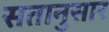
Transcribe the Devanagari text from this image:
सतानुसार